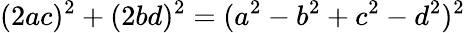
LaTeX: (2ac)^{2}+(2bd)^{2}=(a^{2}-b^{2}+c^{2}-d^{2})^{2}